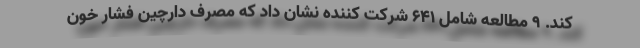
کند. 9 مطالعه شامل 641 شرکت کننده نشان داد که مصرف دارچین فشار خون